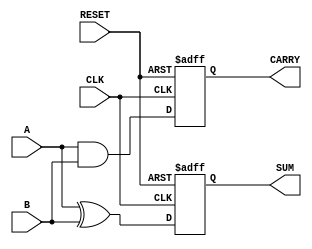
module SequentialHalfAdder (
    input wire A,           // First single-bit input
    input wire B,           // Second single-bit input
    input wire CLK,         // Clock input
    input wire RESET,       // Asynchronous reset input
    output reg SUM,         // Sum output
    output reg CARRY        // Carry output
);

    // Intermediate storage for the current sum and carry
    reg sum_temp;
    reg carry_temp;

    // Always block triggered on the rising edge of the clock or reset
    always @(posedge CLK or posedge RESET) begin
        if (RESET) begin
            // Asynchronous reset
            SUM <= 1'b0;
            CARRY <= 1'b0;
        end else begin
            // Compute the sum and carry based on the current inputs
            sum_temp = A ^ B;          // XOR for sum
            carry_temp = A & B;        // AND for carry
            
            // Store the computed values into the output registers
            SUM <= sum_temp;
            CARRY <= carry_temp;
        end
    end

endmodule